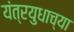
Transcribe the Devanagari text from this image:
यंत्रयुधाच्या